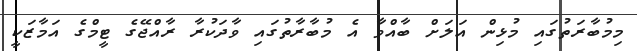
މިމުބާރަތުގައި މުޅިން އަލަށް ބާއްވާ އެ މުބާރާތުގައި ވާދަކުރާ ރާއްޖޭގެ ޓީމްގެ އަމާޒަކީ